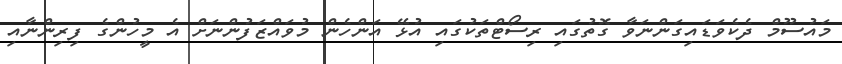
މައުސޫމް ދެކެވަޑައިގަންނަވާ ގޮތުގައި ރިސޯޓްތަކުގައި އުޅޭ އަންހެން މުވައްޒަފުންނަށް އެ މީހުންގެ ފިރިންނާއި